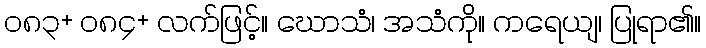
၀၈၃+ ၀၈၄+ လက်ဖြင့်။ ဃောသံ၊ အသံကို။ ကရေယျ၊ ပြုရာ၏။